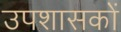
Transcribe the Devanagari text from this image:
उपशासकों